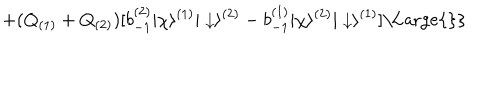
+ ( Q _ { ( 1 ) } + Q _ { ( 2 ) } ) [ b _ { - 1 } ^ { ( 2 ) } | \chi \rangle ^ { ( 1 ) } | \downarrow \rangle ^ { ( 2 ) } - b _ { - 1 } ^ { ( 1 ) } | \chi \rangle ^ { ( 2 ) } | \downarrow \rangle ^ { ( 1 ) } ] \mathrm { \Large { \} } }